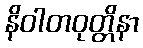
နိဝါတဝုတ္တိနာ